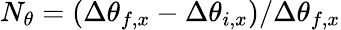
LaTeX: N_{\theta}=(\Delta\theta_{f,x}-\Delta\theta_{i,x})/\Delta\theta_{f,x}